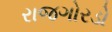
રાજગોરડો